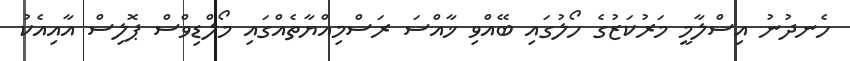
ހެނދުނު އިސްލާމީ މަރުކަޒުގެ ހޯލުގައި ބޭއްވި ޚާއްސަ ރަސްމިއްޔާތެއްގައި މޯލްޑިވްސް ޕޮލިސް އާއިއެކު